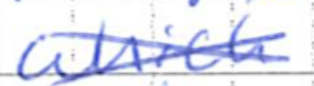
Text: which
Cross-out: cross
Writing tool: ballpoint